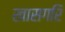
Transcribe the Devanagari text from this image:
खासगरि